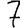
Digit: 7